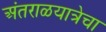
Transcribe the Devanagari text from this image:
अंतराळयात्रेचा